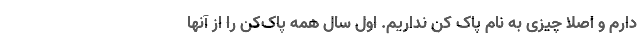
دارم و اصلا چیزی به نام پاک کن نداریم. اول سال همه پاک‌کن را از آنها